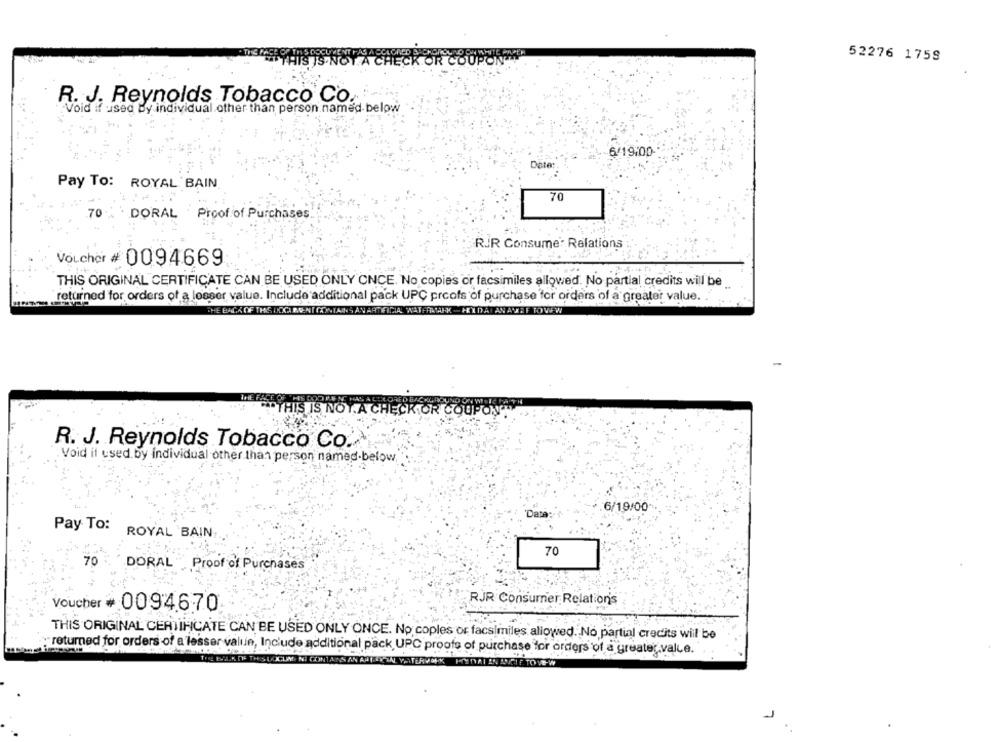
A CHECK OR COUPON
52276 1759
R. J. Reynolds Tobacco CO.
Void if used By individual other than person named below
6/19:00-
Date:
Pay To: ROYAL BAIN
70
.70
DORAL Proof of Purchases
RUR Consume: Relations
Voucher # 0094669
THIS ORIGINAL CERTIFICATE CAN BE USED ONLY ONCE. No copies or facsimiles allowed. No partial credits will be
returned for orders of a losser value. Include additional pack UPC proofs of purchase for orders of a greater value. . "
THE BACK OF THE INDICA R.O.NI CONTAINS AN ARTIFICIAL WATFRANK -HEXDATANAHF TOVEW
IS NOT. A CHECKIOR COUPONTY
R. J. Reynolds Tobacco Co.
. Void if used by individual other than person named-below,
6/19/00
'Date
Pay To: ROYAL BAIN
70
70
DORAL . Proof of Purchases
RJR Consumer Relations
Voucher # 0094670
THIS ORIGINAL CERTIFICATE CAN BE USED ONLY ONCE. No coples or facsimiles allowed. No partial credits will be
"returned for orders of a lesser value, Include additional pack UPC proofs of purchase for orders of a greater.value.